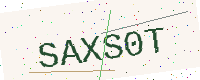
Text: SAXS0T